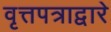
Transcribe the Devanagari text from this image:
वृत्तपत्राद्वारे